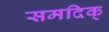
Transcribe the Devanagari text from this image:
समदिक्‌